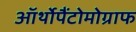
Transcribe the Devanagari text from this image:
ऑर्थोपैंटोमोग्राफ